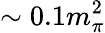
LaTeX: \sim 0.1m_{\pi}^{2}